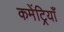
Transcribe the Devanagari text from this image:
कमेंट्रियाँ